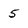
Character: 5